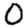
Digit: 0